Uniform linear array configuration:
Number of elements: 4
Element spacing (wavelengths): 0.75
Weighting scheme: cosine
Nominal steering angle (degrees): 30
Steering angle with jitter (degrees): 29.368
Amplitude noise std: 0.05
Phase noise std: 0.05

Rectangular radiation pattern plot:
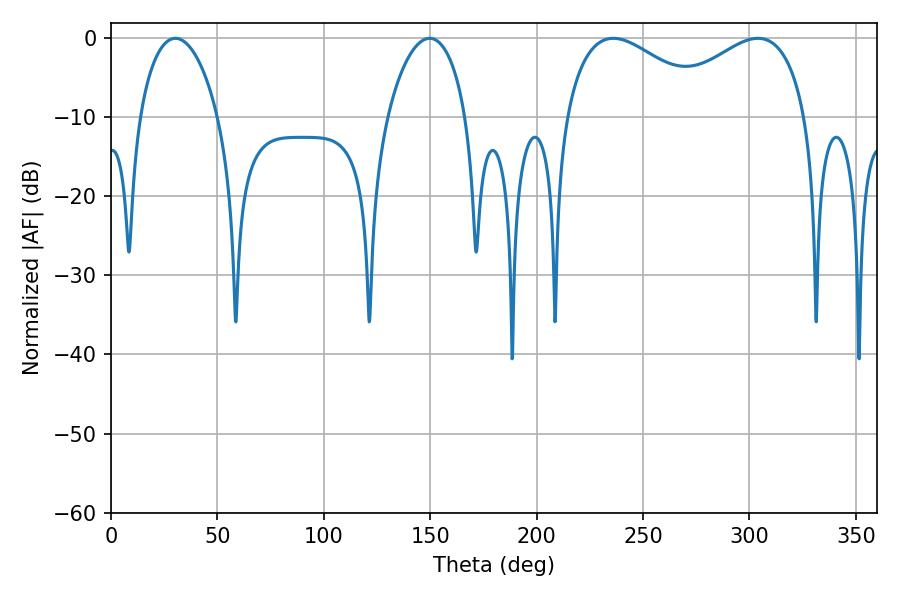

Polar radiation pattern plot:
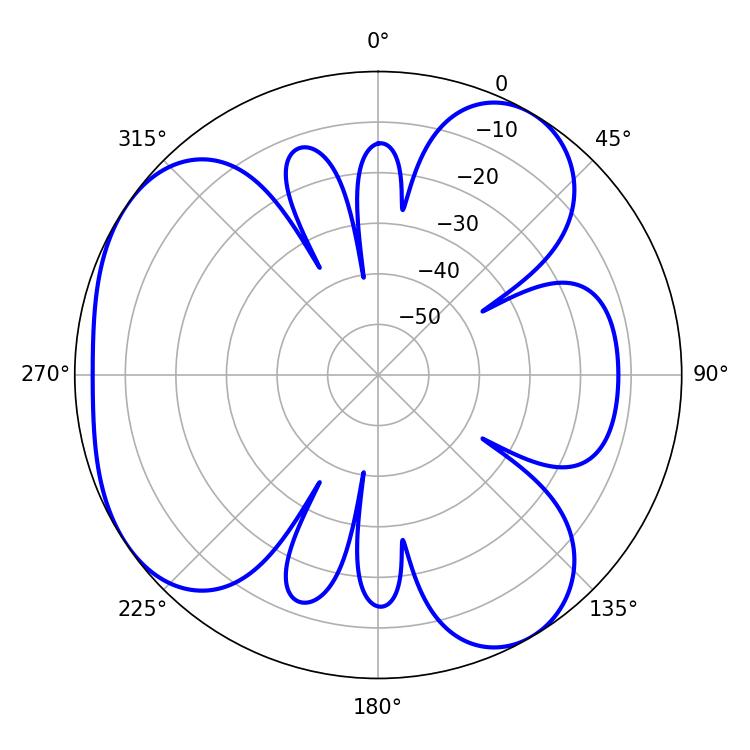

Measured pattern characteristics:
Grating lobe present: TRUE
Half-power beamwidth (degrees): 21.06
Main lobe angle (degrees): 30.24